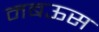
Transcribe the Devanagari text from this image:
मबऊस